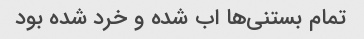
تمام بستنی‌ها اب شده و خرد شده بود